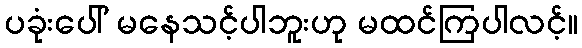
ပခုံးပေါ် မနေသင့်ပါဘူးဟု မထင်ကြပါလင့်။